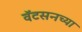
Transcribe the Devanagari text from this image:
वॅटसनच्या